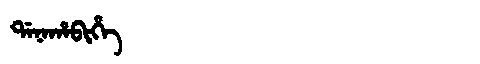
Manchu: ᡩᠠᠨᠠᡥᠠᠪᡳᡥᡝ
Romanization: DANAHABIHE